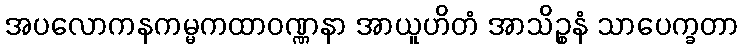
အပလောကနကမ္မကထာဝဏ္ဏနာ အာယူဟိတံ အာသိဉ္စနံ သာပေက္ခတာ